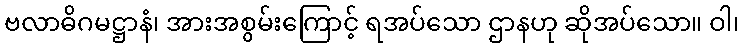
ဗလာဓိဂမဋ္ဌာနံ၊ အားအစွမ်းကြောင့် ရအပ်သော ဌာနဟု ဆိုအပ်သော။ ဝါ၊